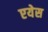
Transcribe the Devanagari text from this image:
एयेस